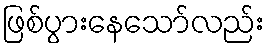
ဖြစ်ပွားနေသော်လည်း